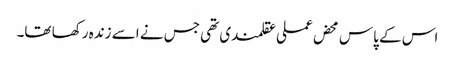
اس کے پاس محض عملی عقلمندی تھی جس نے اسے زندہ رکھا تھا۔